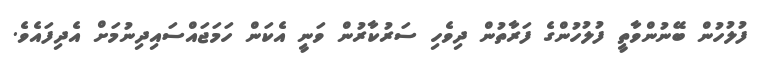
ފުލުހުން ބޭނުންވާތީ ފުލުހުންގެ ފަރާތުން ދިވެހި ސަރުކާރުން ވަނީ އެކަން ހަމަޖައްސައިދިނުމަށް އެދިފައެވެ.